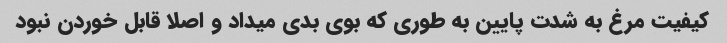
کیفیت مرغ به شدت پایین به طوری که بوی بدی میداد و اصلا قابل خوردن نبود